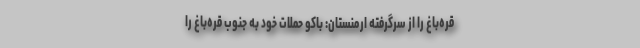
قره‌باغ را از سرگرفته ارمنستان: باکو حملات خود به جنوب قره‌باغ را